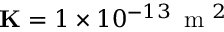
\mathbf { K } = 1 \times 1 0 ^ { - 1 3 } \, \mathrm { ~ m ~ } ^ { 2 }